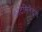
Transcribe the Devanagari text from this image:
कोंटेमिनेंट्स